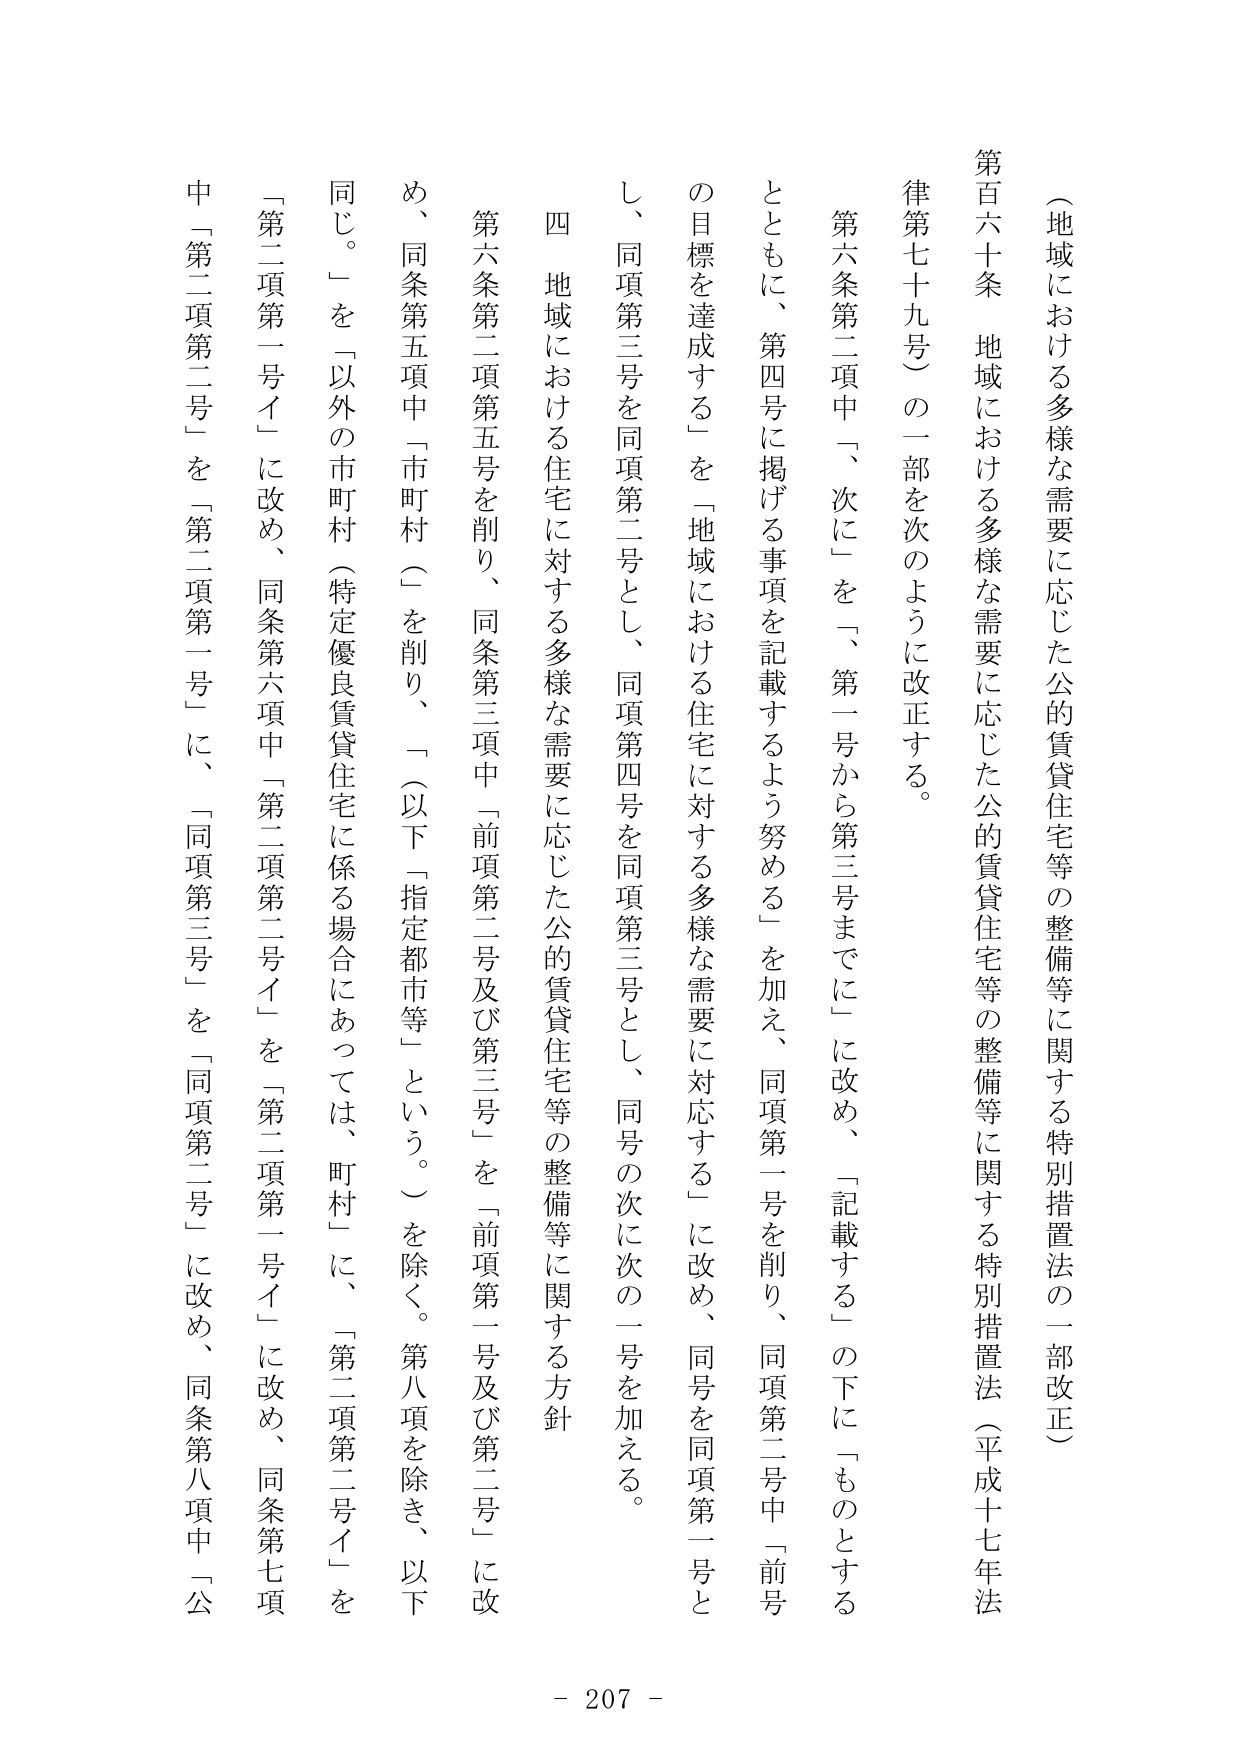
（地域における多様な需要に応じた公的賃貸住宅等の整備等に関する特別措置法の一部改正）

第百六十条 地域における多様な需要に応じた公的賃貸住宅等の整備等に関する特別措置法（平成十七年法律第七十九号）の一部を次のように改正する。

第六条第二項中「、次に」を「、第一号から第三号までに」に改め、「記載する」の下に「ものとする」とともに、第四号に掲げる事項を記載するよう努める」を加え、同項第一号を削り、同項第二号中「前号の目標を達成する」を「地域における住宅に対する多様な需要に対応する」に改め、同号を同項第一号とし、同項第三号を同項第二号とし、同項第四号を同項第三号とし、同号の次に次の一号を加える。

四 地域における住宅に対する多様な需要に応じた公的賃貸住宅等の整備等に関する方針

第六条第二項第五号を削り、同条第三項中「前項第二号及び第三号」を「前項第一号及び第二号」に改め、同条第五項中「市町村（」を削り、「（以下「指定都市等」という。）」を除く。第八項を除き、以下同じ。」を「以外の市町村（特定優良賃貸住宅に係る場合にあっては、町村）に、「第二項第二号イ」を「第二項第一号イ」に改め、同条第六項中「第二項第二号イ」を「第二項第一号イ」に改め、同条第七項中「第二項第二号」を「第二項第一号」に、「同項第三号」を「同項第二号」に改め、同条第八項中「公

- 207 -